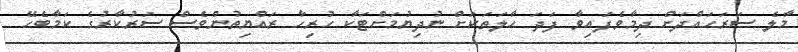
މާލެ ސަރަޙައްދަށް ދިމާވެފައިވާ ފަދަ ހާލަތަކަށް ނުދިޔުމަށްޓަކާ ހުރިހާ ރައްޔިތުންވެސް ސަރުކާރުގެ ކަމާބެހޭ